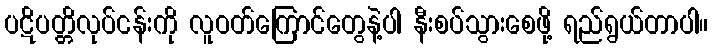
ပဋိပတ္တိလုပ်ငန်းကို လူဝတ်ကြောင်တွေနဲ့ပါ နီးစပ်သွားစေဖို့ ရည်ရွယ်တာပါ။